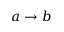
a \rightarrow b